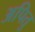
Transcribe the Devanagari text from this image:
अपितु